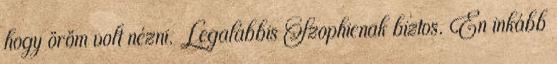
hogy öröm volt nézni. Legalábbis Szophienak biztos. Én inkább